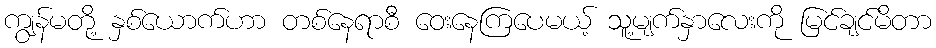
ကျွန်မတို့ နှစ်ယောက်ဟာ တစ်နေရာစီ ဝေးနေကြပေမယ့် သူ့မျက်နှာလေးကို မြင်ချင်မိတာ